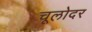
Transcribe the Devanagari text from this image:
चूलोदर